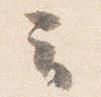
云